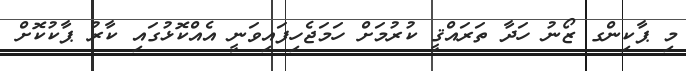
މި ޕާކިންގ ޒޯނު ހަދާ ތަރައްޤީ ކުރުމަށް ހަމަޖެހިފައިވަނީ އެއްކޮޅުގައި ކާރު ޕާކުކޮށް